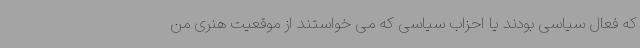
که فعال سیاسی بودند یا احزاب سیاسی که می خواستند از موقعیت هنری من